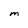
Character: M